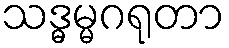
သဒ္ဓမ္မဂရုတာ